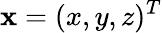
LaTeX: \mathbf{x}=(x,y,z)^{T}